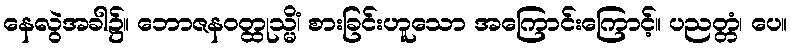
နေလွဲအခါ၌။ ဘောဇနဝတ္ထုသ္မိံ၊ စားခြင်းဟူသော အကြောင်းကြောင့်။ ပညတ္တံ၊ ပေ။